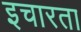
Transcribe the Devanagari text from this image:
इचारता